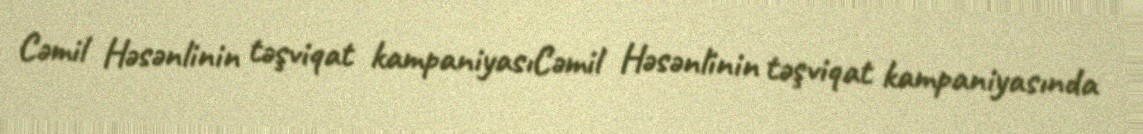
Cəmil Həsənlinin təşviqat kampaniyasıCəmil Həsənlinin təşviqat kampaniyasında